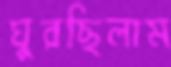
ঘুরছিলাম